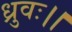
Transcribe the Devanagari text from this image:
ध्रुवः।।